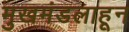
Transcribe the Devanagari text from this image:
मुखमंडलाहून